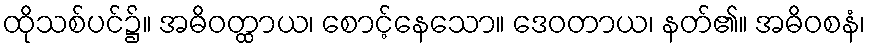
ထိုသစ်ပင်၌။ အဓိဝတ္ထာယ၊ စောင့်နေသော။ ဒေဝတာယ၊ နတ်၏။ အဓိဝစနံ၊